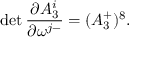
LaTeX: \operatorname * { d e t } { \frac { \partial A _ { 3 } ^ { i } } { \partial \omega ^ { j - } } } = ( A _ { 3 } ^ { + } ) ^ { 8 } .